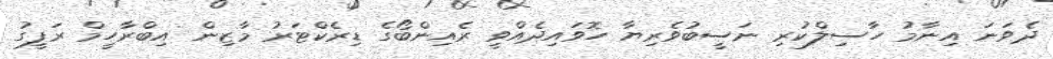
ދެވަނަ އިނާމު ހާސިލްކުރި ނަސީބުވެރިޔާ ހޮވައިދެއްވީ ރެއިންބޯގެ ޑިރެކްޓަރު މާޒިން އިބްރާހީމް ރަފީގު